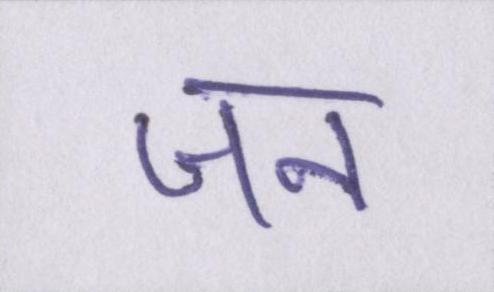
जन